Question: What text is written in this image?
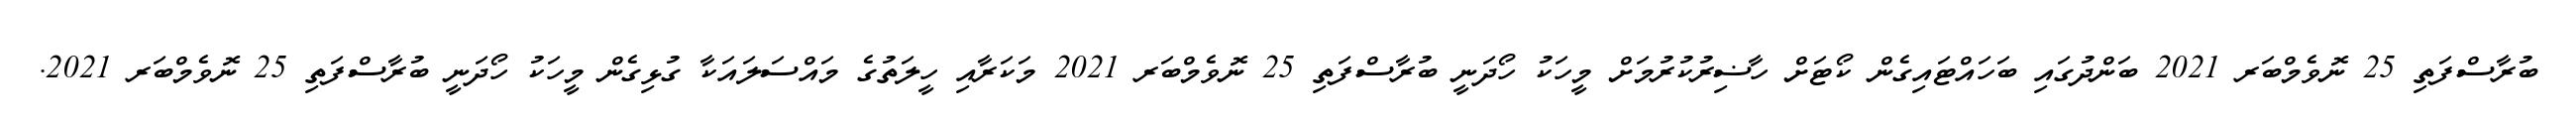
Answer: ބުރާސްފަތި 25 ނޮވެމްބަރ 2021 ބަންދުގައި ބަހައްޓައިގެން ކޯޓަށް ހާޟިރުކުރުމަށް މީހަކު ހޯދަނީ ބުރާސްފަތި 25 ނޮވެމްބަރ 2021 މަކަރާއި ހީލަތުގެ މައްސަލައަކާ ގުޅިގެން މީހަކު ހޯދަނީ ބުރާސްފަތި 25 ނޮވެމްބަރ 2021.